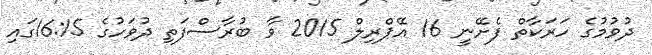
ދުވުމުގެ ހަރަކާތް ފެށޭނީ 16 އޭޕްރިލް 2015 ވާ ބުރާސްފަތި ދުވަހުގެ 16:15ގައި